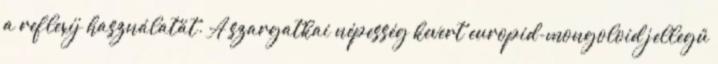
a reflexíj használatát. A szargatkai népesség kevert europid-mongoloid jellegű